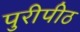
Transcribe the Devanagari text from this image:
पुरीपीठ